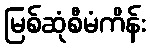
မြစ်ဆုံစီမံကိန်း